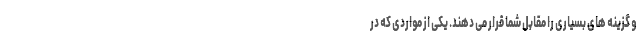
و گزینه­ های بسیاری را مقابل شما قرار می­ دهند. یکی از مواردی که در